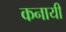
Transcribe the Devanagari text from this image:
कनायी